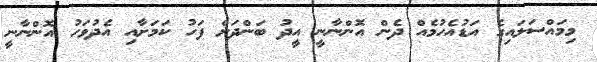
މިމައްސަލައިގެ އަޑުއެހުމެއް ދެން އޮންނާނީ އީދު ބަންދަށް ފަހު ކަމަށާއި އެދުވަހު އޮންނާނީ